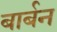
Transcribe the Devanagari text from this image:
बार्बन